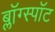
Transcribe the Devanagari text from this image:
ब्लॉग्स्पॉट